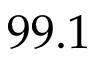
9 9 . 1